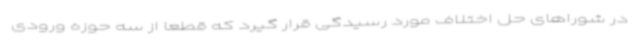
در شوراهای حل اختلاف مورد رسیدگی قرار گیرد که قطعا از سه حوزه ورودی